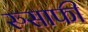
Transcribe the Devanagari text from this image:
रुसाफी